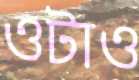
ওটাও